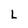
Character: L